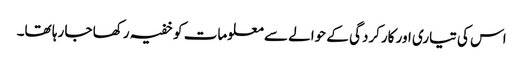
اس کی تیاری اور کارکردگی کے حوالے سے معلومات کو خفیہ رکھا جا رہا تھا۔